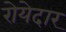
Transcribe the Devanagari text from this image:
रोयेदार